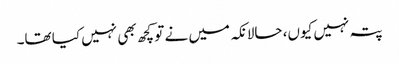
پتہ نہیں کیوں، حالانکہ میں نے تو کچھ بھی نہیں کیا تھا۔